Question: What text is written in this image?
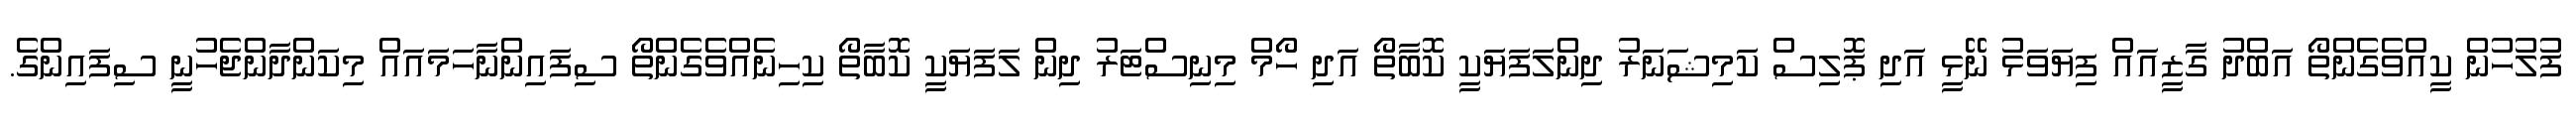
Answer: ފުލުހުން ކީއްވެގެންތޯ އަބްދު ގާޒީއައް ފިޔަވަޅު ނޭޅީ އަދި ޕޮލިސް ކަމިޝަނަރު ދިންލަފަޔަކީ ކޮބާތޯ އަދި ހޯމް މިނިސްޓަރު ދިން ލަފަޔަކީ ކޮބާތޯ ކިހިނެއްވެގެންތޯ ސިފައިންނާހަމައައް މިކަންދާންޖެހުނީ ސިފައިންގެ.